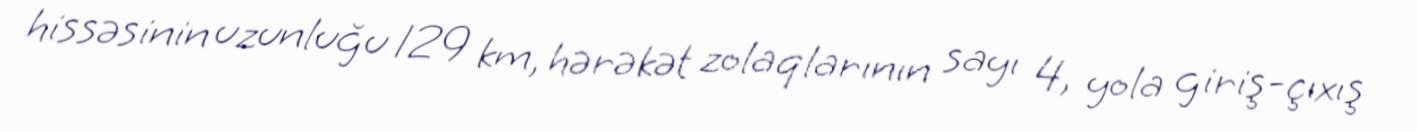
hissəsinin uzunluğu 129 km, hərəkət zolaqlarının sayı 4, yola giriş-çıxış